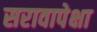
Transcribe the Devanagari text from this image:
सरावापेक्षा